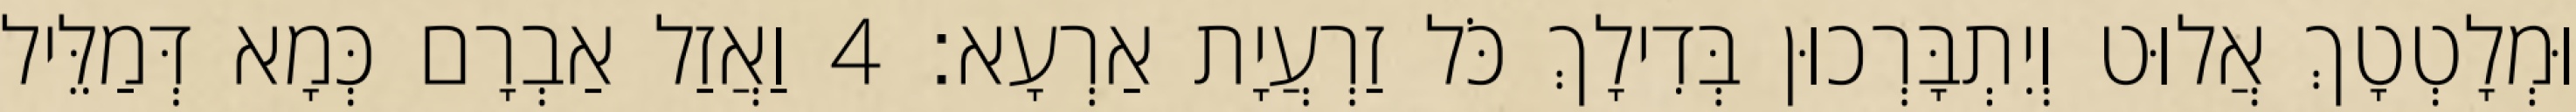
וּמְלָטְטָךְ אֲלוּט וְיִתְבָּרְכוּן בְּדִילָךְ כֹּל זַרְעֲיָת אַרְעָא׃ 4 וַאֲזַל אַבְרָם כְּמָא דְּמַלֵּיל